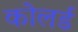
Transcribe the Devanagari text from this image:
कोलर्ड